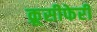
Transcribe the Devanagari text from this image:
क्रूसीफेरी